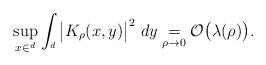
LaTeX: \begin{align*} \sup_{x\in\real^d}\int_{\real^d}\big|K_\rho(x,y) \big|^2 \ dy\underset{\rho \rightarrow 0}{=}\mathcal{O}\big(\lambda(\rho)\big).\end{align*}